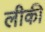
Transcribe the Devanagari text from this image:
लीकी